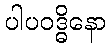
ပါပဝဒ္ဓိနော